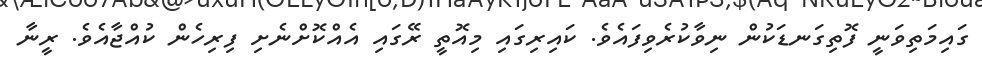
ގައިމަތިވަނީ ފޮތިގަނޑަކުން ނިވާކުރެވިފައެވެ. ކައިރިގައި މިއޮތީ ރޭގައި އެއްކޮށްނެށި ފިރިހެން ކުއްޖާއެވެ. ރީނާ